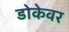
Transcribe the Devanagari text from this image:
डोकेवर